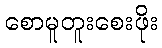
စောမူတူးစေးဖိုး